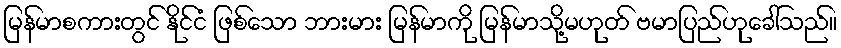
မြန်မာစကားတွင် နိုင်ငံ ဖြစ်သော ဘားမား မြန်မာကို မြန်မာသို့မဟုတ် ဗမာပြည်ဟုခေါ်သည်။